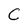
Character: C